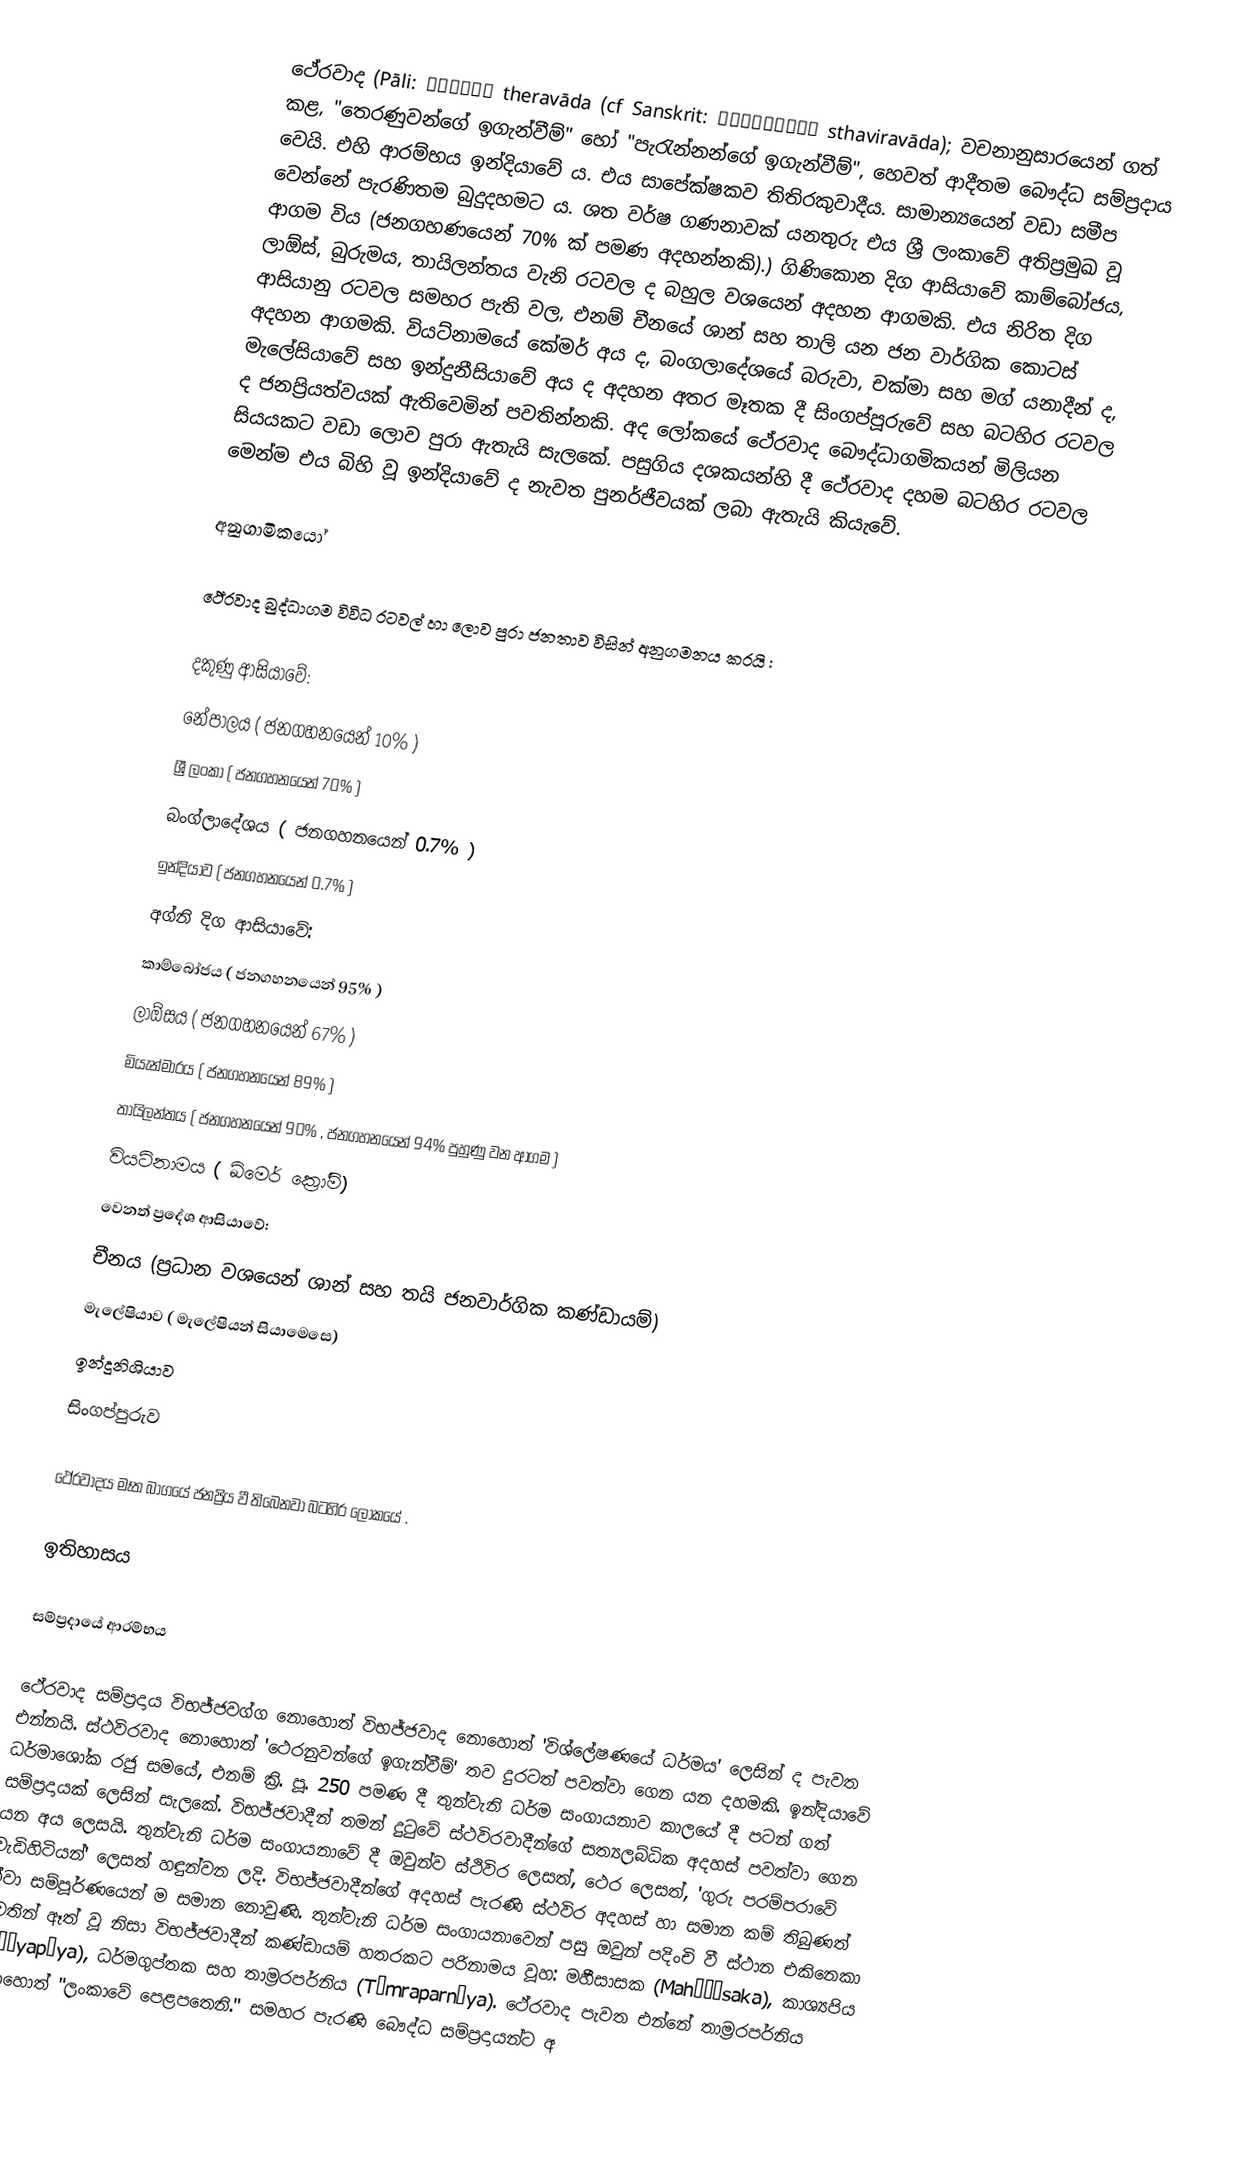
ථේරවාද (Pāli: थेरवाद theravāda (cf Sanskrit: स्थविरवाद sthaviravāda); වචනානුසාරයෙන් ගත් කළ, "තෙරණුවන්ගේ ඉගැන්වීම්" හෝ "පැරැන්නන්ගේ ඉගැන්වීම්", හෙවත් ආදීතම බෞද්ධ සම්ප්‍රදාය වෙයි. එහි ආරම්භය ඉන්දියාවේ ය. එය සාපේක්ෂකව තිතිරකුවාදීය. සාමාන්‍යයෙන් වඩා සමීප වෙන්නේ පැරණිතම බුදුදහමට ය. ශත වර්ෂ ගණනාවක් යනතුරු එය ශ්‍රී ලංකාවේ අතිප්‍රමුඛ වූ ආගම විය (ජනගහණයෙන් 70% ක් පමණ අදහන්නකි).) ගිණිකොන දිග ආසියාවේ කාම්බෝජය, ලාඕස්, බුරුමය, තායිලන්තය වැනි රටවල ද බහුල වශයෙන් අදහන ආගමකි. එය නිරිත දිග ආසියානු රටවල සමහර පැති වල, එනම් චීනයේ ශාන් සහ තාලි යන ජන වාර්ගික කොටස් අදහන ආගමකි. වියට්නාමයේ කේමර් අය ද, බංගලාදේශයේ බරුවා, චක්මා සහ මග් යනාදීන් ද, මැලේසියාවේ සහ ඉන්දුනීසියාවේ අය ද අදහන අතර මෑතක දී සිංගප්පූරුවේ සහ බටහිර රටවල ද ජනප්‍රියත්වයක් ඇතිවෙමින් පවතින්නකි. අද ලෝකයේ ථේරවාද බෞද්ධාගමිකයන් මිලියන සියයකට වඩා ලොව පුරා ඇතැයි සැලකේ. පසුගිය දශකයන්හි දී ථේරවාද දහම බටහිර රටවල මෙන්ම එය බිහි වූ ඉන්දියාවේ ද නැවත පුනර්ජීවයක් ලබා ඇතැයි කියැවේ.

අනුගාමිකයෝ

ථේරවාද බුද්ධාගම විවිධ රටවල් හා ලොව පුරා ජනතාව විසින් අනුගමනය කරයි :

දකුණු ආසියාවේ:
නේපාලය ( ජනගහනයෙන් 10% )
ශ්‍රී ලංකා ( ජනගහනයෙන් 70% )
බංග්ලාදේශය ( ජනගහනයෙන් 0.7% )
ඉන්දියාව ( ජනගහනයෙන් 0.7% )
අග්නි දිග ආසියාවේ:
කාම්බෝජය ( ජනගහනයෙන් 95% )
ලාඕසය  ( ජනගහනයෙන් 67% )
මියැන්ම‍ාරය ( ජනගහනයෙන් 89% )
තායිලන්තය ( ජනගහනයෙන් 90% , ජනගහනයෙන් 94% පුහුණු වන ආගම )
වියට්නාමය ( ඛ්මෙර් ක්‍රෝම්)
වෙනත් ප්‍රදේශ ආසියාවේ:
චීනය (ප්‍රධාන වශයෙන් ශාන් සහ තයි ජනවාර්ගික කණ්ඩායම්)
මැලේෂියාව ( මැලේෂියන් සියාමෙස‍ෙ)
ඉන්දුනිශියාව
සිංගප්පුරුව

ථේරවාදය මෑත බාගයේ ජනප්‍රිය වී තිබෙනවා  බටහිර ලෝකයේ .

ඉතිහාසය

සම්ප්‍රදායේ ආරම්භය

ථේරවාද සම්ප්‍රදාය විභජ්ජවග්ග නොහොත් විභජ්ජවාද නොහොත් 'විශ්ලේෂණයේ ධර්මය' ලෙසින් ද පැවත එන්නයි. ස්ථවිරවාද නොහොත් 'ථෙරනුවන්ගේ ඉගැන්වීම්' තව දුරටත් පවත්වා ගෙන යන දහමකි. ඉන්දියාවේ ධර්මාශෝක රජු සමයේ, එනම් ක්‍රි. පූ. 250 පමණ දී තුන්වැනි ධර්ම සංගායනාව කාලයේ දී පටන් ගත් සම්ප්‍රදායක් ලෙසින් සැලකේ. විභජ්ජවාදීන් තමන් දුටුවේ ස්ථවිරවාදීන්ගේ සත්‍යලබ්ධික අදහස් පවත්වා ගෙන යන අය ලෙසයි. තුන්වැනි ධර්ම සංගායනාවේ දී ඔවුන්ව ස්ථිවිර ලෙසත්, ථෙර ලෙසත්, 'ගුරු පරම්පරාවේ වැඩිහිටියන්' ලෙසත් හඳුන්වන ලදි. විභජ්ජවාදීන්ගේ අදහස් පැරණි ස්ථවිර අදහස් හා සමාන කම් තිබුණත් ඒවා සම්පූර්ණයෙන් ම සමාන නොවුණි. තුන්වැනි ධර්ම සංගායනාවෙන් පසු ඔවුන් පදිංචි වී ස්ථාන එකිනෙකා වෙතින් ඈත් වූ නිසා විභජ්ජවාදීන් කණ්ඩායම් හතරකට පරිනාමය වූහ: මහීසාසක (Mahīśāsaka), කාශ්‍යපිය (Kāśyapīya), ධර්මගුප්තක සහ තාම්‍රරපර්නිය (Tāmraparnīya). ථේරවාද පැවත එන්නේ තාම්‍රරපර්නිය නොහොත් "ලංකාවේ පෙළපතෙනි." සමහර පැරණි බෞද්ධ සම්ප්‍රදායන්ට අ